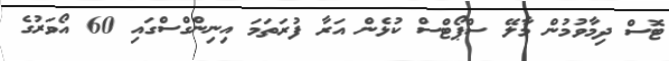
ޓޮސް ދިމާވުމުން މާލޭ ސްޕޯޓްސް ކުޅެން އަރާ ފުރަތަމަ އިނިންގްސްގައި 60 އޯވަރުގެ